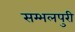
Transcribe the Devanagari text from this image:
सम्भलपुरी